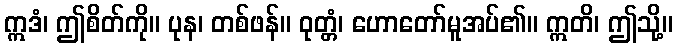
ဣဒံ၊ ဤစိတ်ကို။ ပုန၊ တစ်ဖန်။ ဝုတ္တံ၊ ဟောတော်မူအပ်၏။ ဣတိ၊ ဤသို့။